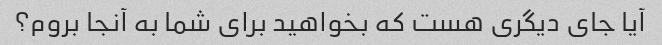
آیا جای دیگری هست که بخواهید برای شما به آنجا بروم؟